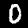
Label: 0